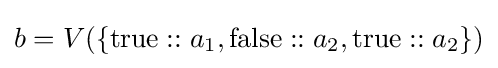
b=V(\{\operatorname {true} ::a_{1},\operatorname {false} ::a_{2},\operatorname {true} ::a_{2}\})